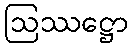
ဩဿဋ္ဌော